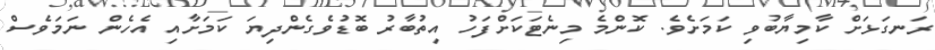
ރަނގަޅަށް ކާމިޔާބުވި ކަމަށެވެ. ކޮންމެ މިނެޓަކަށްފަހު އިތުބާރު ބޮޑުވެގެންދިޔަ ކަމަށާއި އެހެން ނަމަވެސް